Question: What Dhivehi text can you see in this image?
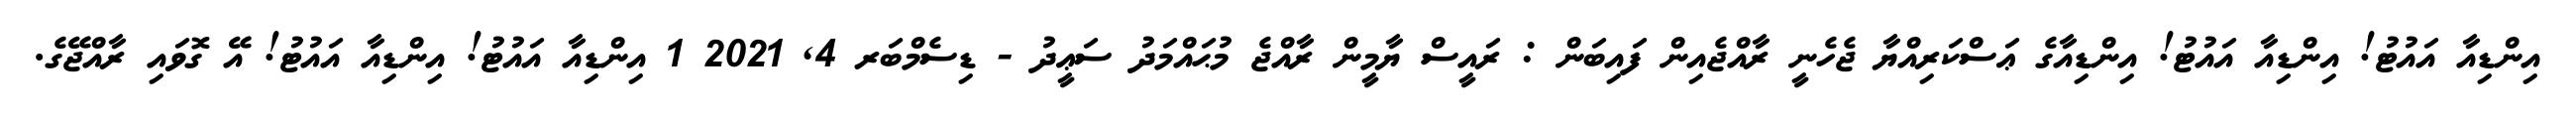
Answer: އިންޑިއާ އައުޓު! އިންޑިއާ އައުޓު! އިންޑިއާގެ ޢަސްކަރިއްޔާ ޖެހެނީ ރާއްޖެއިން ފައިބަން : ރައީސް ޔާމީން ރާއްޖެ މުޙައްމަދު ސަޢީދު - ޑިސެމްބަރ 4, 2021 1 އިންޑިއާ އައުޓު! އިންޑިއާ އައުޓު! އޭ ގޮވައި ރާއްޖޭގެ.